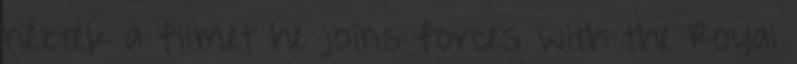
nézték a filmet he joins forces with the Royal